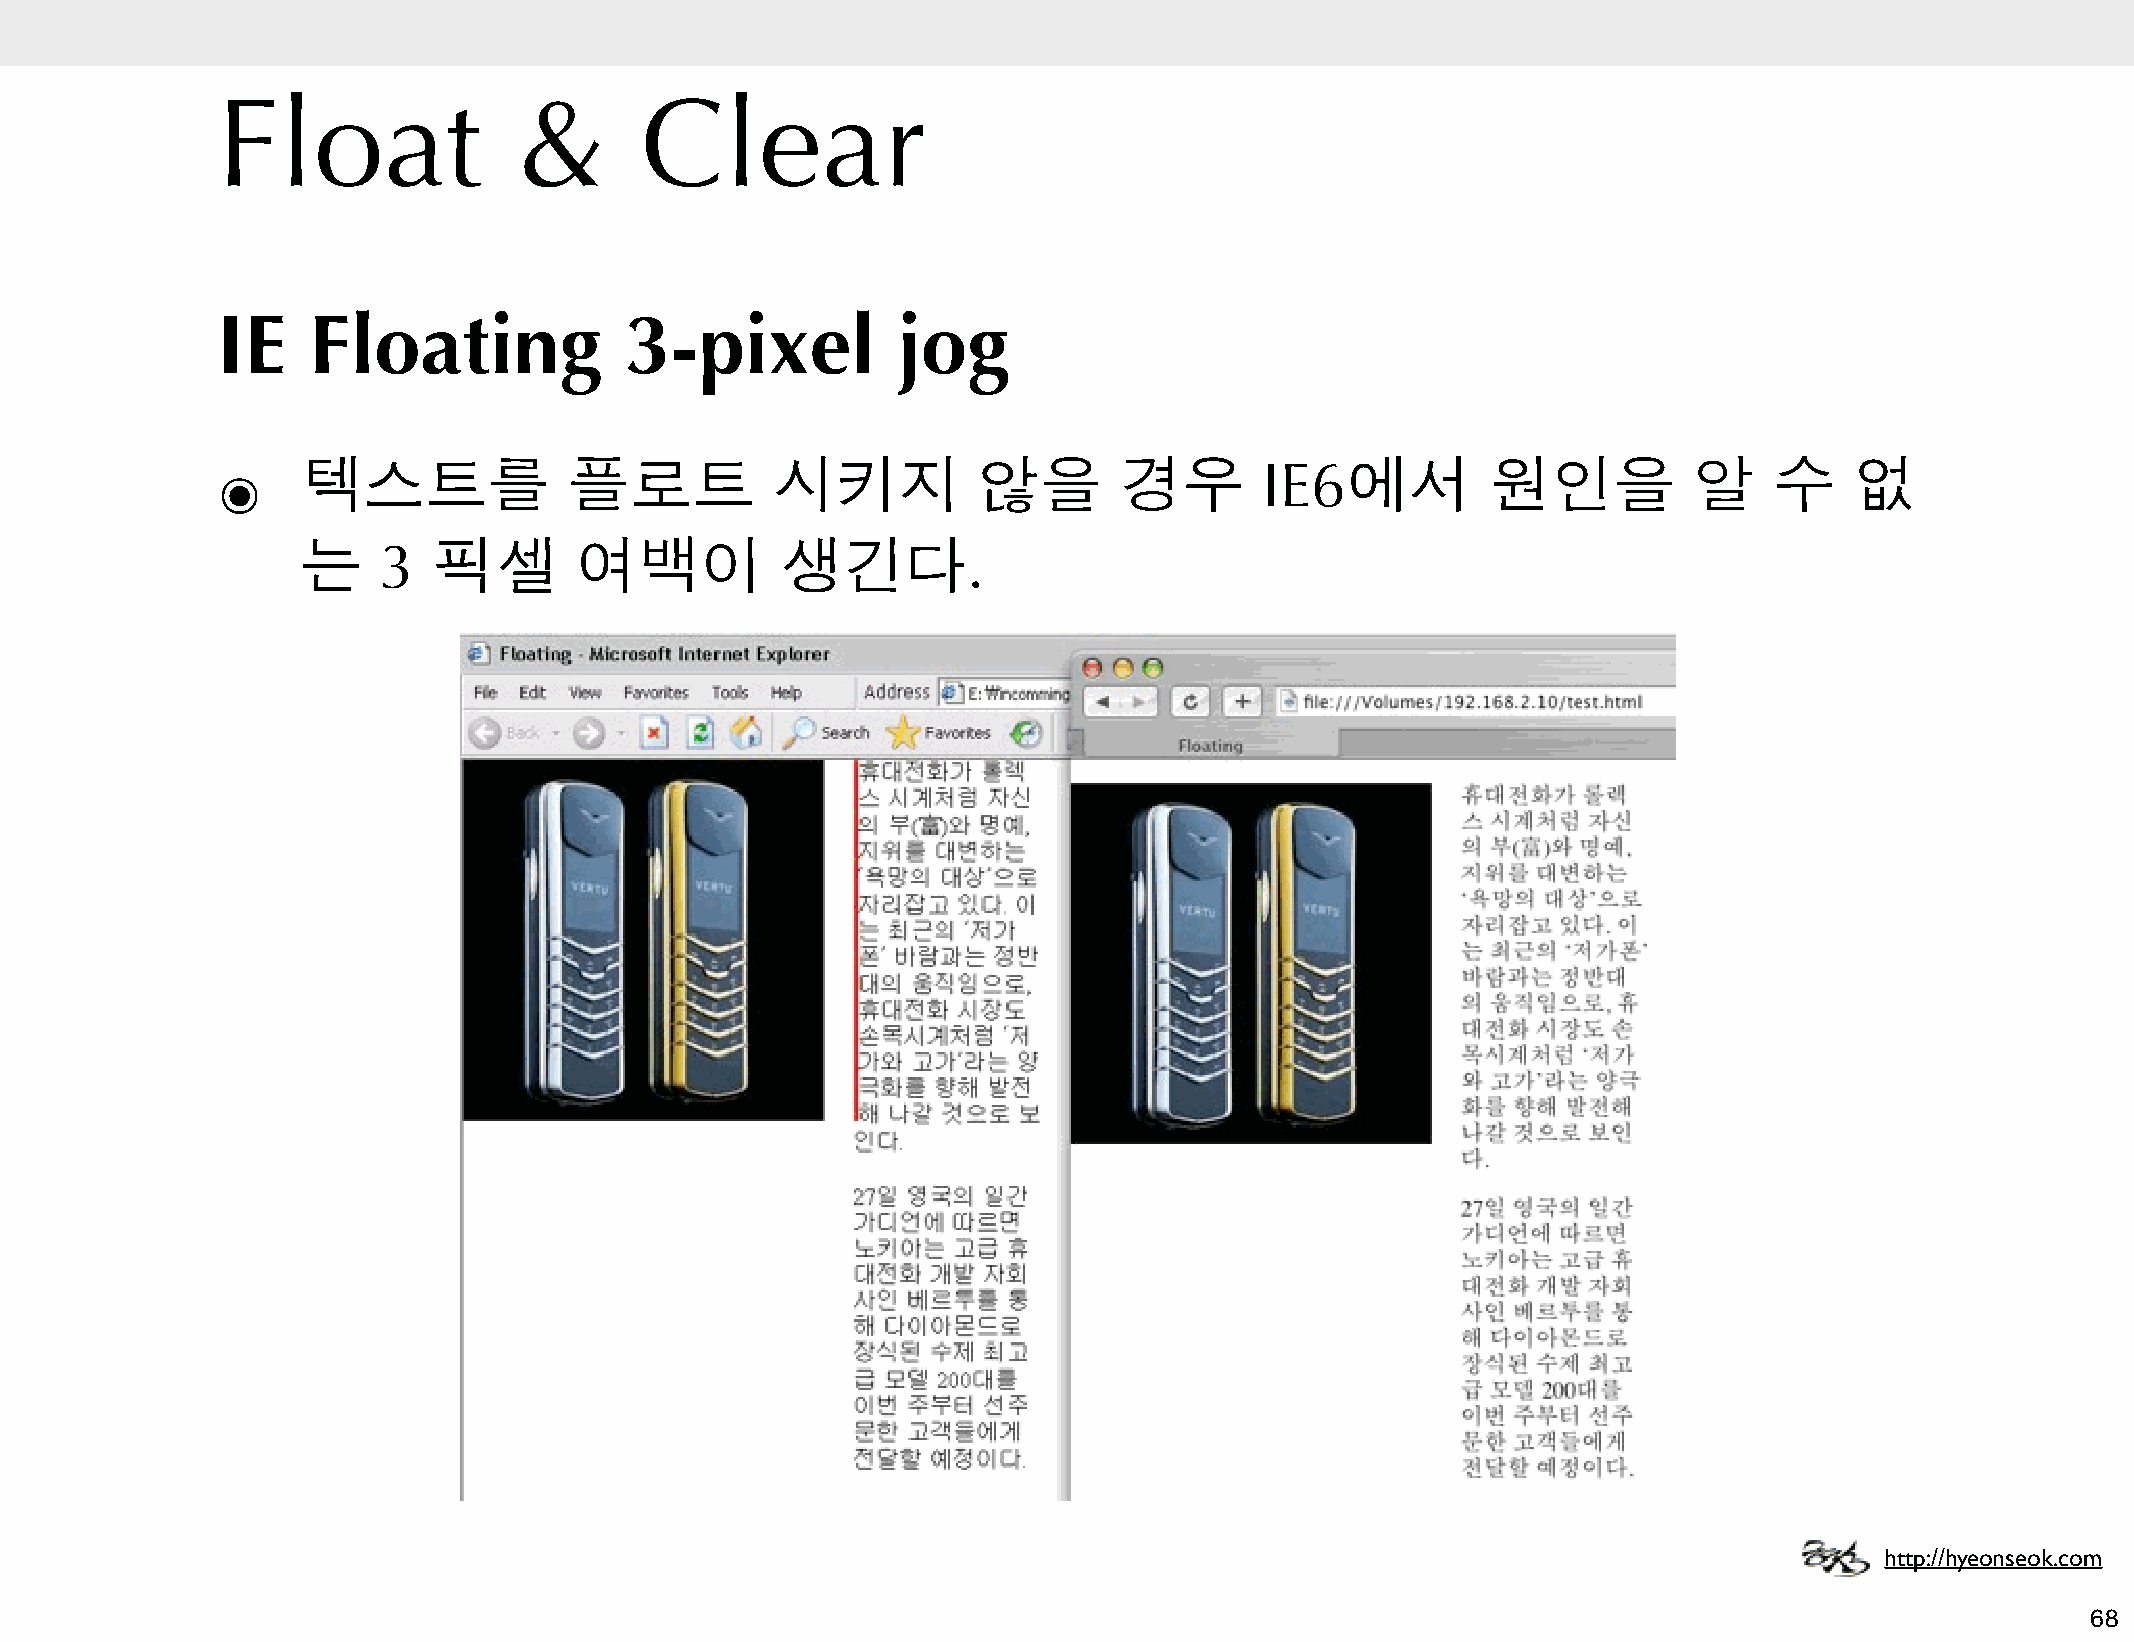
Float               &       Clear
 IE    Floating             3-pixel           jog
 ๏     텍스트를              플로트          시키지           않을       경우        IE6에서         원인을           알    수     없
 는    3   픽셀       여백이           생긴다.
 http://hyeonseok.com
 68